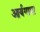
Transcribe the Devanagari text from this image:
आर्यगाथा